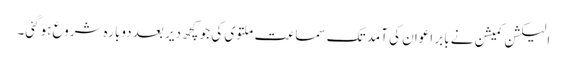
الیکشن کمیشن نے بابر اعوان کی آمد تک سماعت ملتوی کی جو کچھ دیر بعد دوبارہ شروع ہوگئی۔